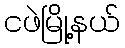
ငဖဲမြို့နယ်